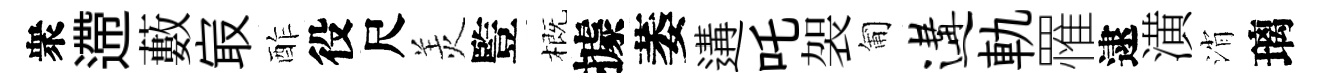
衆遰藪㝡酢役尺羙䜿概據萎遘吒袈匍遘軌罹逮潢消璃